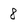
Character: 8